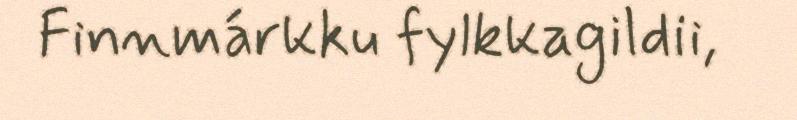
Finnmárkku fylkkagildii,